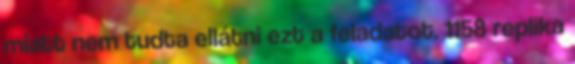
miatt nem tudta ellátni ezt a feladatot. 1158 replika